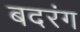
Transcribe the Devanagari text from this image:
बदरंग